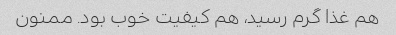
هم غذا گرم رسید، هم کیفیت خوب بود. ممنون